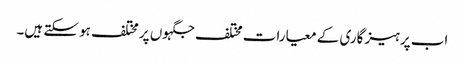
اب پرہیز گاری کے معیارات مختلف جگہوں پر مختلف ہو سکتے ہیں۔